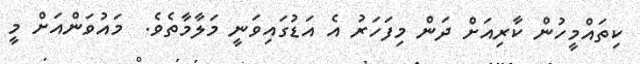
ކިތައްމީހުން ކާރިއަށް ދަން މިފަހަރު އެ އަޑުގައިވަނީ މަލާމާތެވެ.  މައުވަންއަށް މީ